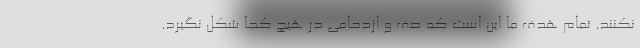
نکنند. تمام هدف ما این است که صف و ازدحامی در هیچ کجا شکل نگیرد.